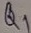
Text: Q1